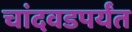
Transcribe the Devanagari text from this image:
चांदवडपर्यंत